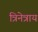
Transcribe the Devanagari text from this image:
त्रिनेत्राय